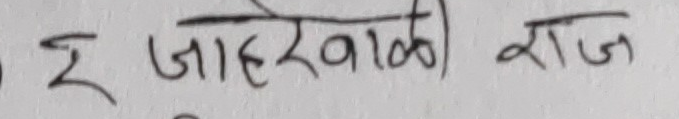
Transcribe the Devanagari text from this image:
इ जाहेराळी राज